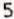
5